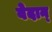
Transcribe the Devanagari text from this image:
वेदान्